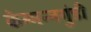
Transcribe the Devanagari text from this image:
केम्मन्नगुंडी